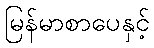
မြန်မာစာပေနှင့်